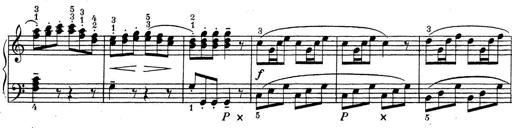
Title: ÄŒeskÃ© Sonatiny
Composer: Various